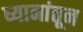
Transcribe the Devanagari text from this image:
ध्यानांतून